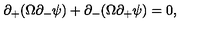
\partial _ { + } ( \Omega \partial _ { - } \psi ) + \partial _ { - } ( \Omega \partial _ { + } \psi ) = 0 ,